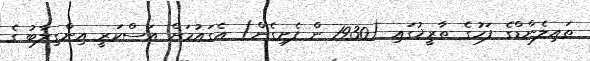
ތައިލެންޑްގެ ފަހުގެ ތާރީޚުގައި (1930 ން ފެށިގެން) އެގައުމަށް އަސްކަރީ އިންގިލާބު ގެ